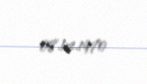
08.12.1970